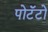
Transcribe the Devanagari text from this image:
पोटॅटो